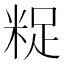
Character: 𮇟